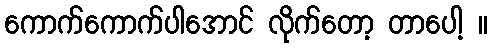
ကောက်ကောက်ပါအောင် လိုက်တော့ တာပေါ့ ။